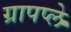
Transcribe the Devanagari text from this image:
ग्रापप्ले